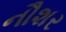
નૌશર